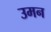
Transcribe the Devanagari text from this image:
उमन